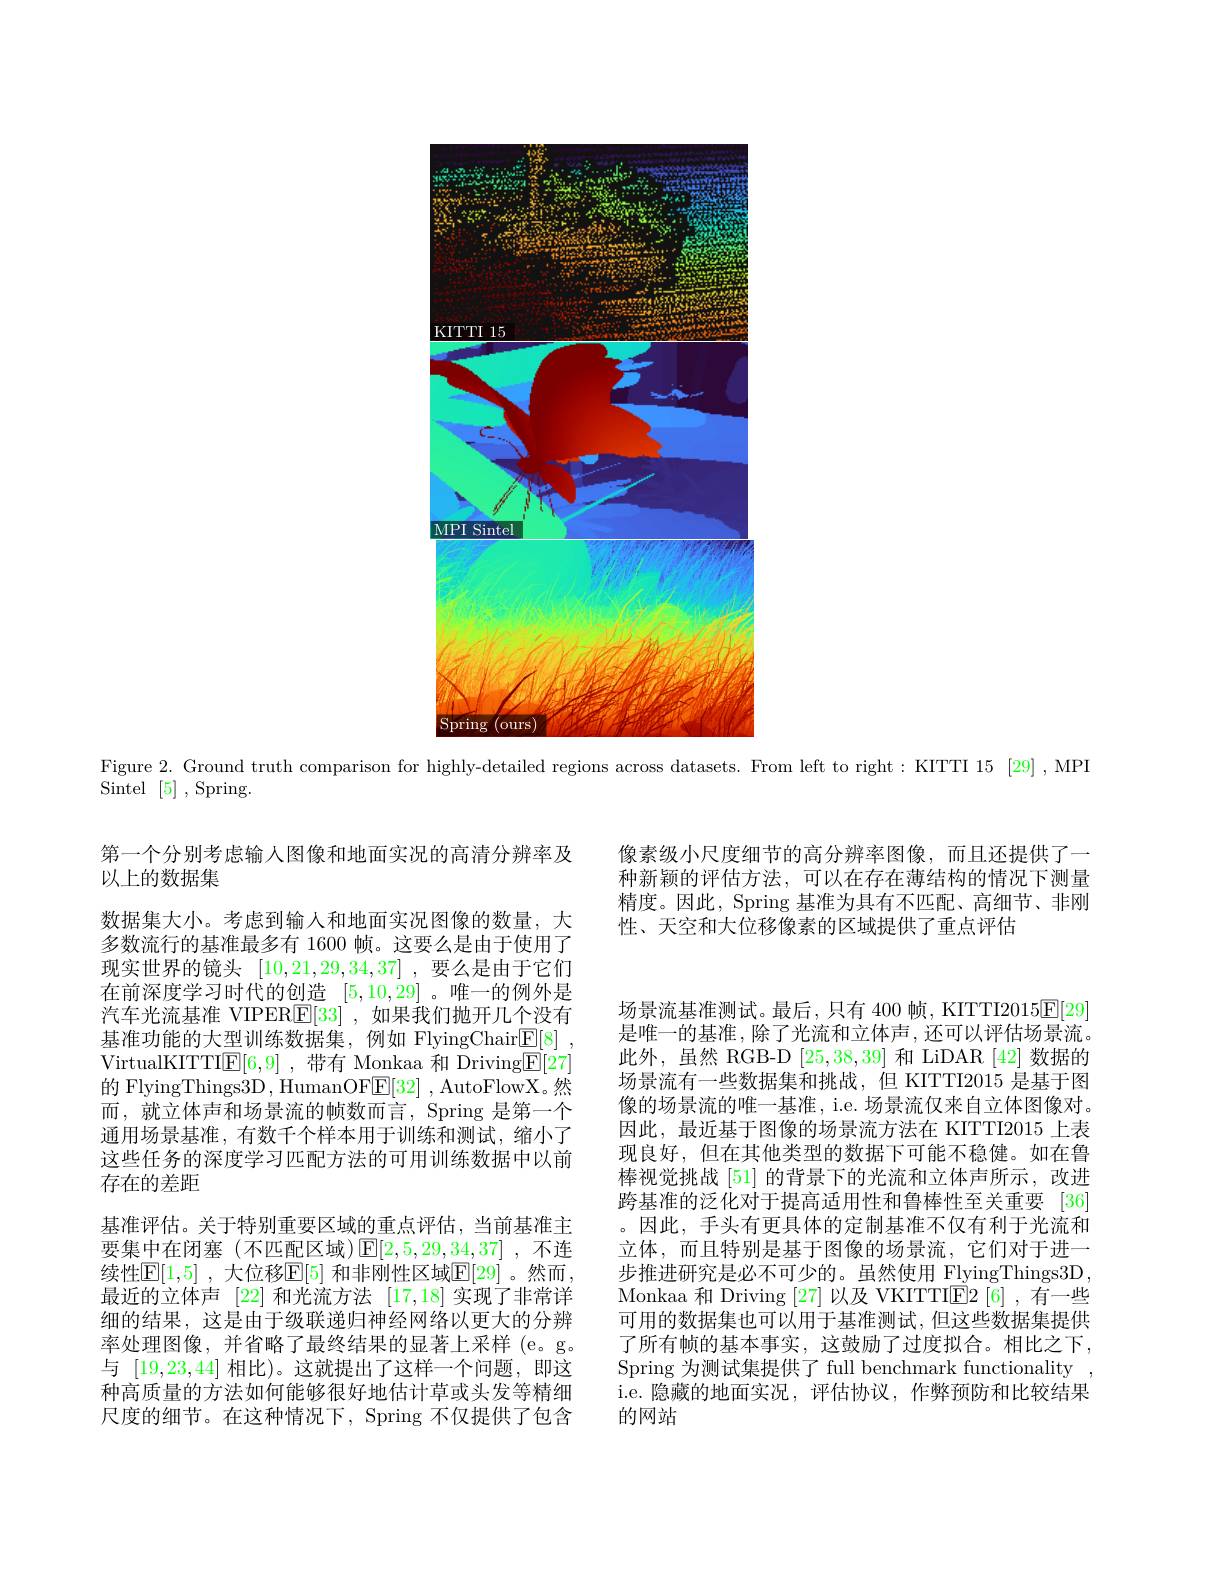
<FigureHere>

Figure 2. Ground truth comparison for highly-detailed regions across datasets. From left to right: KITTI 15 [29] ,MPI

Sintel$\begin{array}{cc}[5]\end{array}$,Spring.

像素级小尺度细节的高分辨率图像，而且还提供了一种新颖的评估方法，可以在存在薄结构的情况下测量精度。因此，Spring 基准为具有不匹配、高细节、非刚性、天空和大位移像素的区域提供了重点评估

第一个分别考虑输人图像和地面实况的高清分辨率及
以上的数据集
数据集大小。考虑到输入和地面实况图像的数量，大多数流行的基准最多有 1600 帧。这要么是由于使用了现实世界的镜头[10,21,29,34,37] ,要么是由于它们在前深度学习时代的创造[5,10,29] 。唯一的例外是汽车光流基准 VIPER$\underline {\mathrm{E} }[ 33]$ ,如果我们抛开几个没有基准功能的大型训练数据集，例如 FlyingChair$\underline {\mathrm{E} }[ 8]$ , VirtualKITTI$\mathbb{E}[6,9]$ ,带有 Monkaa 和 Driving$\underline{\mathrm{E}}[27]$ 的 FlyingThings3D, HumanOFE[32] , AutoFlowX。然而，就立体声和场景流的帧数而言，Spring 是第一个通用场景基准，有数千个样本用于训练和测试，缩小了这些任务的深度学习匹配方法的可用训练数据中以前存在的差距
基准评估。关于特别重要区域的重点评估，当前基准主要集中在闭塞(不匹配区域)$\operatorname{E}[2,5,29,\underline{34},37]$ ,不连续性$\mathbb{E} [ 1, 5]$ , 大位移$\mathbb{E}[5]$ 和非刚性区域$\mathbb{E}[29]$。然而， 最近的立体声 [22]和光流方法 [17,18]实现了非常详细的结果，这是由于级联递归神经网络以更大的分辨率处理图像，并省略了最终结果的显著上采样(e。g。与[19,23,44]相比)。这就提出了这样一个问题，即这种高质量的方法如何能够很好地估计草或头发等精细尺度的细节。在这种情况下，Spring 不仅提供了包含

场景流基准测试。最后，只有 400 帧，KITTI2015$\underline{\mathrm{E}}[29]$ 是唯一的基准，除了光流和立体声，还可以评估场景流。此外，虽然 RGB-D [25,38,39]和 LiDAR [42]数据的场景流有一些数据集和挑战，但 KITTI2015 是基于图像的场景流的唯一基准，i.e. 场景流仅来自立体图像对。因此，最近基于图像的场景流方法在 KITTI2015 上表现良好，但在其他类型的数据下可能不稳健。如在鲁棒视觉挑战 [51] 的背景下的光流和立体声所示，改进跨基准的泛化对于提高适用性和鲁棒性至关重要 [36] 。因此，手头有更具体的定制基准不仅有利于光流和立体，而且特别是基于图像的场景流，它们对于进一步推进研究是必不可少的。虽然使用 FlyingThings3D, Monkaa 和 Driving [27]以及 VKITTIE2 [6] ,有一些可用的数据集也可以用于基准测试，但这些数据集提供了所有帧的基本事实，这鼓励了过度拟合。相比之下， Spring 为测试集提供了 full benchmark functionality i.e. 隐藏的地面实况，评估协议，作弊预防和比较结果的网站